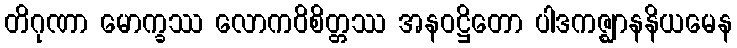
တိဂုဏာ မောက္ခဿ လောကဝိစိတ္တဿ အနဝဋ္ဌိတော ပါဒကဇ္ဈာနနိယမေန